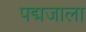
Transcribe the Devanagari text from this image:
पद्मजाला